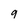
Character: 9